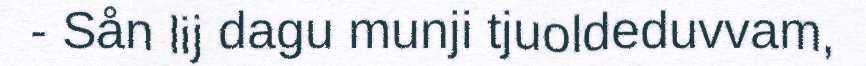
- Sån lij dagu munji tjuoldeduvvam,